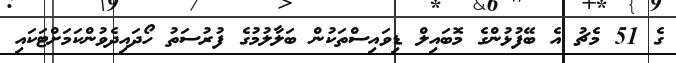
ގެ 51 މެޗު އެ ބޭފުޅުންގެ މޮބައިލް ޑިވައިސްތަކުން ބަލާލުމުގެ ފުރުސަތު ހޯދައިދެވުންކަމަށްޓަކައި